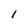
Character: I